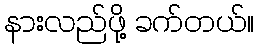
နားလည်ဖို့ ခက်တယ်။